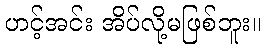
ဟင့်အင်း အိပ်လို့မဖြစ်ဘူး။